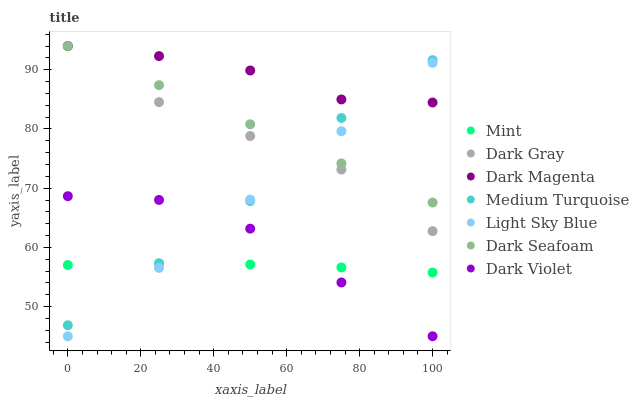
| xaxis_label | Mint | Dark Gray | Dark Magenta | Medium Turquoise | Light Sky Blue | Dark Seafoam | Dark Violet |
 | --- | --- | --- | --- | --- | --- | --- | --- |
 | 0 | 57 | 94 | 94 | 46.9 | 45 | 94 | 68.6 |
 | 25 | 57.3 | 84.5 | 92.3 | 57.3 | 56.5 | 87.4 | 68 |
 | 50 | 57.1 | 78.8 | 89.9 | 67.8 | 68.1 | 80.8 | 63.2 |
 | 75 | 56.6 | 73.1 | 85 | 81.8 | 79.6 | 74.2 | 54.1 |
 | 100 | 55.8 | 62.7 | 84.5 | 91.6 | 91.2 | 67.6 | 45 |